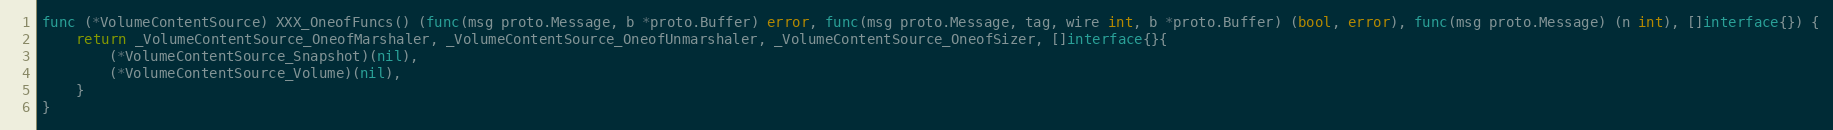
Language: Go
func (*VolumeContentSource) XXX_OneofFuncs() (func(msg proto.Message, b *proto.Buffer) error, func(msg proto.Message, tag, wire int, b *proto.Buffer) (bool, error), func(msg proto.Message) (n int), []interface{}) {
	return _VolumeContentSource_OneofMarshaler, _VolumeContentSource_OneofUnmarshaler, _VolumeContentSource_OneofSizer, []interface{}{
		(*VolumeContentSource_Snapshot)(nil),
		(*VolumeContentSource_Volume)(nil),
	}
}